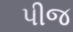
પીજ